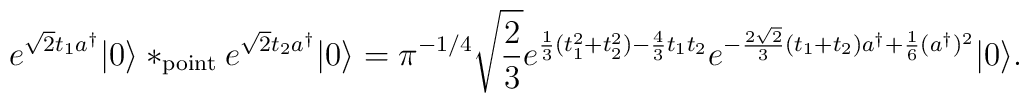
e^{\sqrt{2} t_1 a^\dagger} \vert 0 \rangle *_{\rm point}  e^{\sqrt{2} t_2 a^\dagger} \vert 0 \rangle = \pi^{-1/4}\sqrt{2\over 3} e^{{1\over 3} (t_1^2+t_2^2)-{4\over 3} t_1 t_2} e^{-{2\sqrt{2}\over 3}(t_1+t_2) a^\dagger + {1\over 6} (a^\dagger)^2 } \vert 0 \rangle.